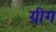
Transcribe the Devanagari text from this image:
ग्रीग